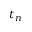
t _ { n }